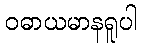
ဝဓာယမာနရူပါ